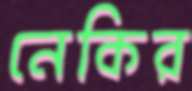
নেকির